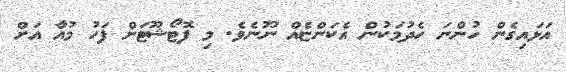
އަޅައިގެން ހުންނަ ހެދުމަކުން އެކަންޏެއް ނޫނެވެ. މި ފޮޓޯޝޫޓަށް ފަހު މުއާ އަށް